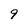
Character: 9